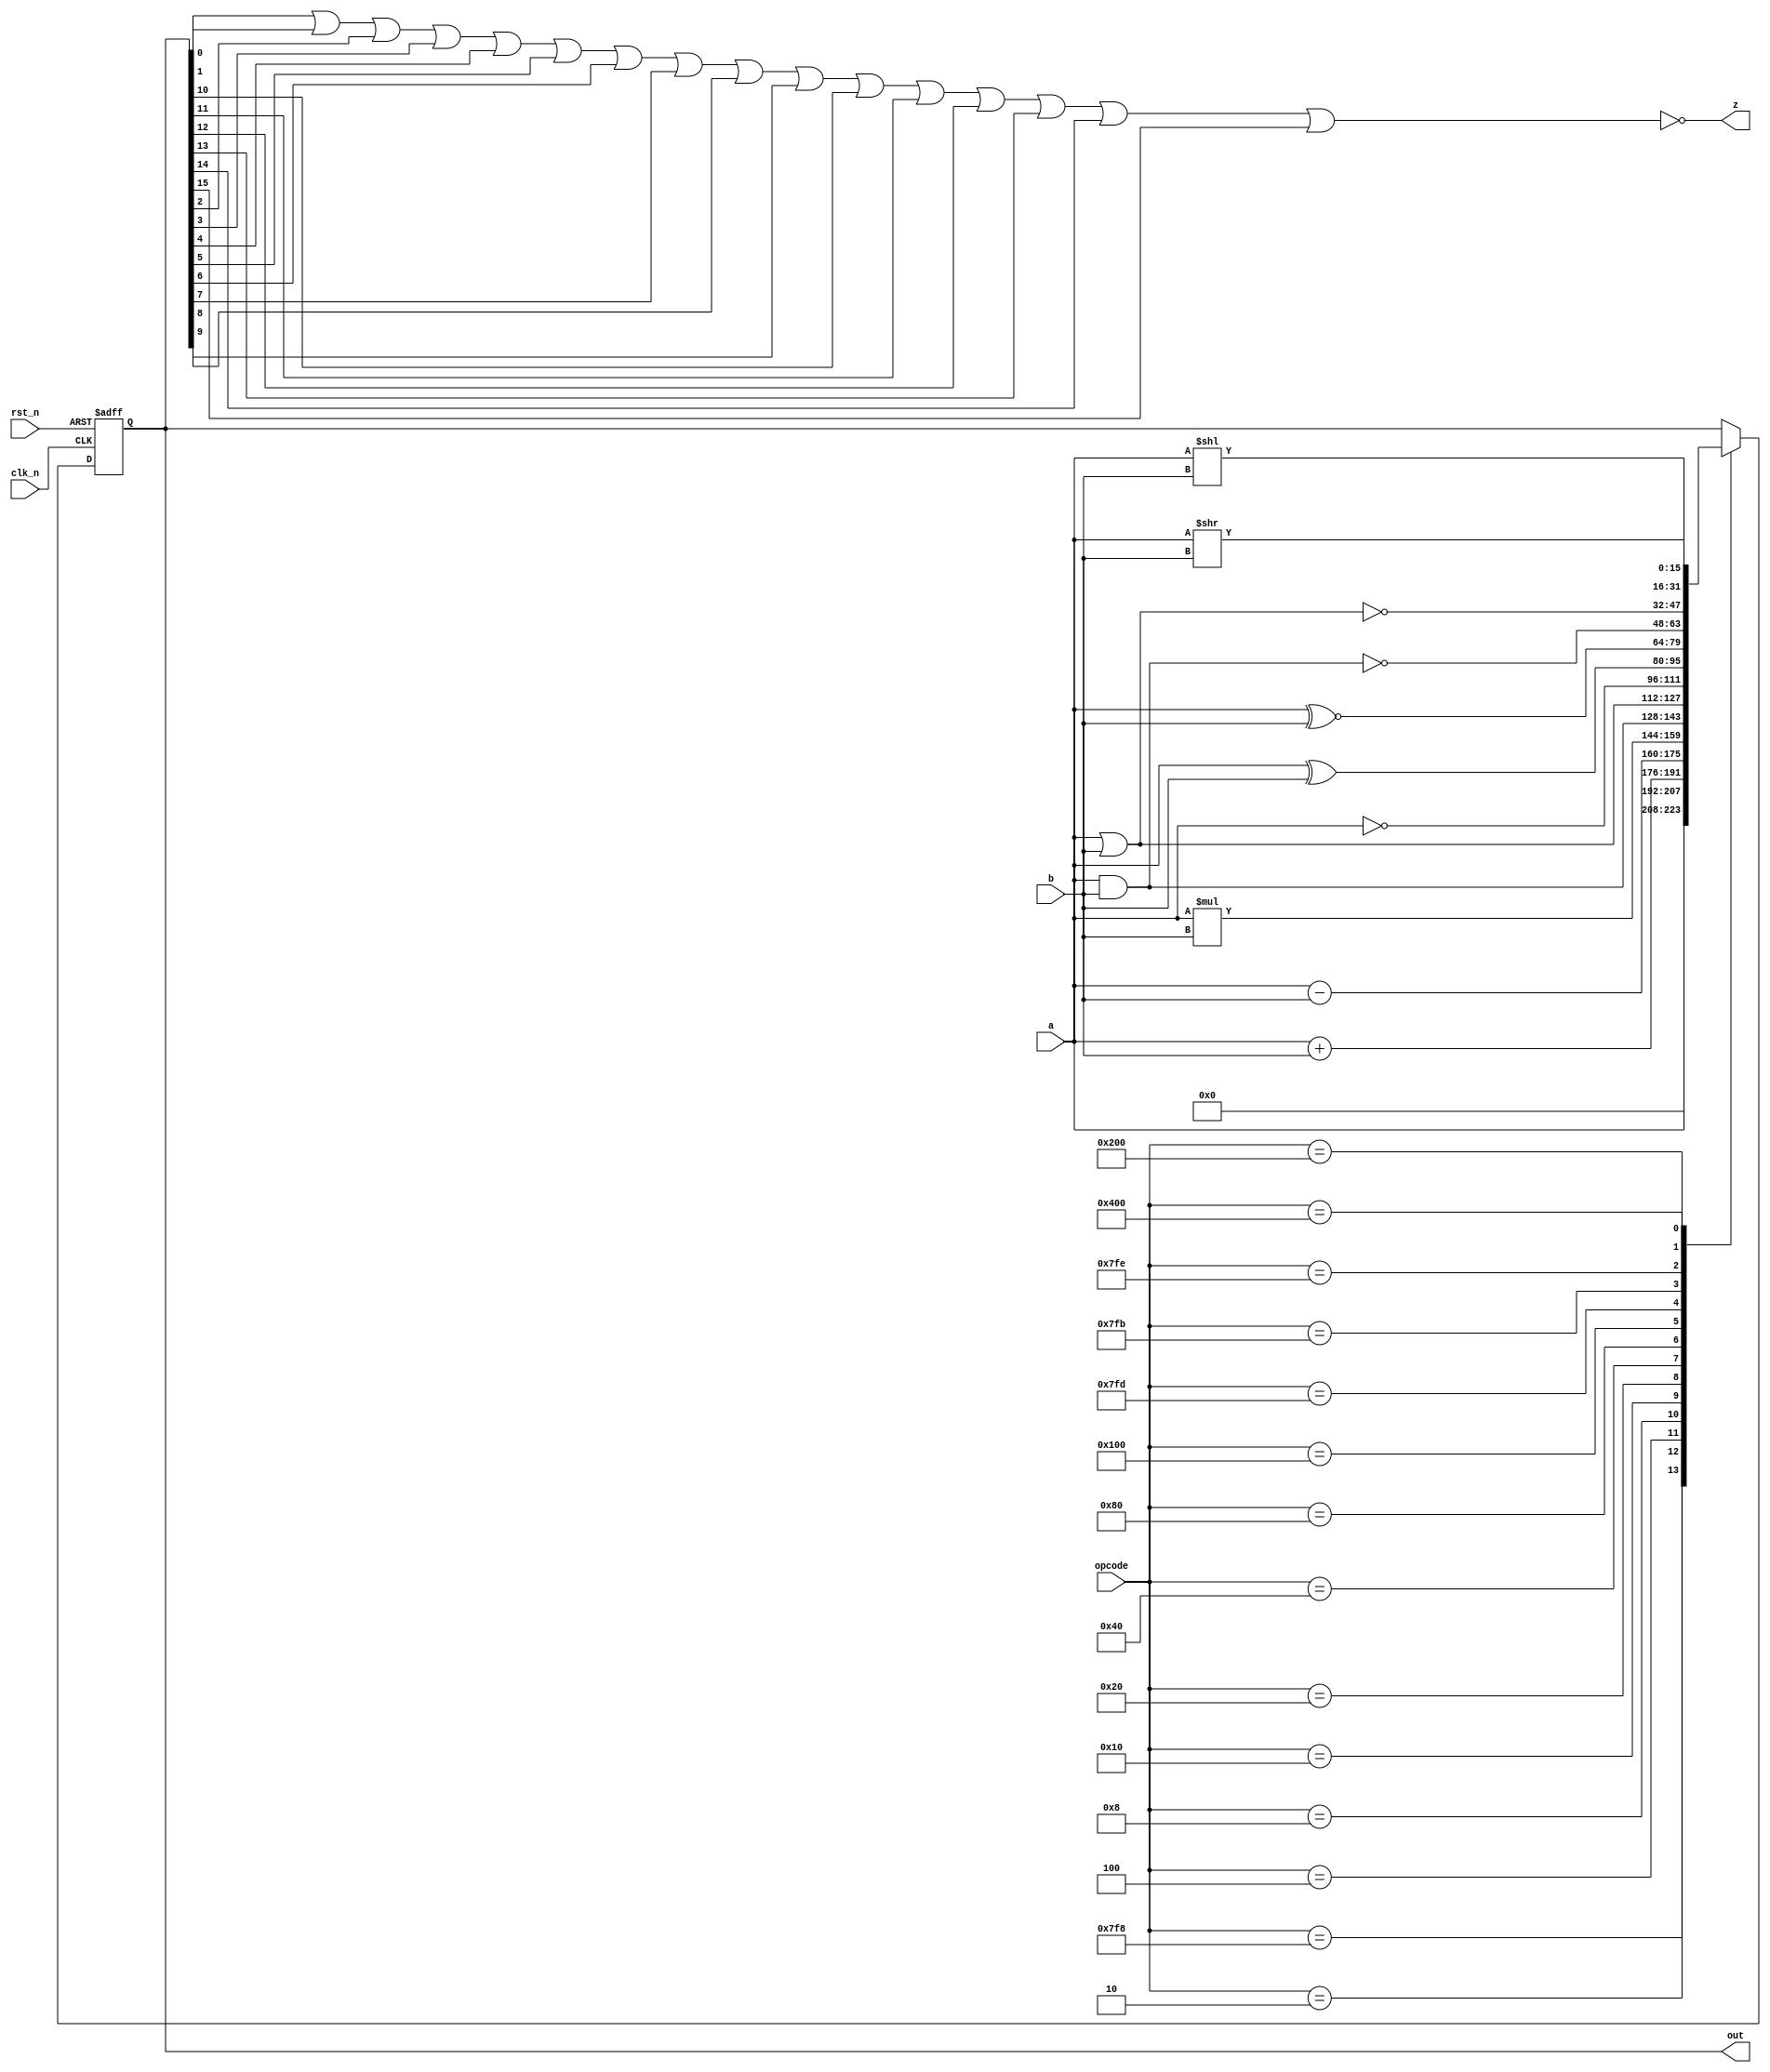
module alu(
    input wire [15:0] a,      // First operand
    input wire [15:0] b,      // Second operand
    input wire [10:0] opcode, // Opcode for ALU
    input wire        rst_n,  // Reset
    input wire        clk_n,  // Clock
    output reg [15:0] out,    // Result
    output wire       z       // Zero Flag
);

parameter NOOP  = 11'b00000000001;
parameter CPY   = 11'b00000000010;
parameter ADD   = 11'b00000000100;
parameter SUB   = 11'b00000001000;
parameter MUL   = 11'b00000010000;
parameter AND   = 11'b00000100000;
parameter OR    = 11'b00001000000;
parameter NOT   = 11'b00010000000;
parameter XOR   = 11'b00100000000;
parameter LS    = 11'b01000000000;
parameter RS    = 11'b10000000000;

// Unused but implemented
parameter ZERO  = 11'b11111111000;
parameter NOR   = 11'b11111111110;
parameter XNOR  = 11'b11111111101;
parameter NAND  = 11'b11111111011;

// Z is the nor of all of the outputs
assign z = ~(out[0]|out[1]|out[2]|out[3]|out[4]|out[5]|out[6]|out[7]|out[8]|out[9]|out[10]|out[11]|out[12]|out[13]|out[14]|out[15]);

always@(posedge clk_n or negedge rst_n) begin
  if(rst_n == 1'b0) begin
    out <= 16'b0;
  end else begin
    case(opcode)
      ZERO : begin
	$display("ZERO");
        out <= 16'b0;
      end
      CPY : begin
	$display("CPY");
	out <= a;
      end
      ADD : begin
        $display("ADD");
        out <= a + b;
        out <= a + b;
      end
      SUB : begin
        $display("SUB");
        out <= a - b;
      end
      MUL : begin
	$display("MUL");
      	out <= a * b;
      end
      AND : begin
        $display("AND");
	out <= a & b;
      end
      OR : begin
        $display("OR");
	out <= a | b;
      end
      NOT : begin
        $display("NOT");
        out <= ~a;
      end
      XOR : begin
        $display("XOR");
        out <= a ^ b;
      end
      XNOR : begin
        $display("XNOR");
        out <= a ^~ b;
      end
      NAND : begin
        $display("NAND");
        out <= ~(a & b);
      end
      NOR : begin
        $display("NOR");
        out <= ~(a | b);
      end
      LS : begin
        $display("LS");
        out <= a << b;
      end
      RS : begin
        $display("RS");
	out <= a >> b;
      end
      NOOP : begin
        $display("NOOP");
      end
      default : begin
        $display("invalid opcode");
      end
    endcase
  end
end

endmodule